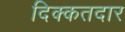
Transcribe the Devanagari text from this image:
दिक्कतदार